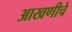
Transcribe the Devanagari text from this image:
आखणीचे